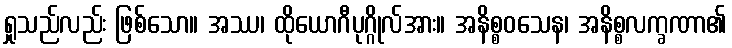
ရှုသည်လည်း ဖြစ်သော။ အဿ၊ ထိုယောဂီပုဂ္ဂိုလ်အား။ အနိစ္စဝသေန၊ အနိစ္စလက္ခဏာ၏